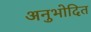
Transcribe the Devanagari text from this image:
अनुभोदित